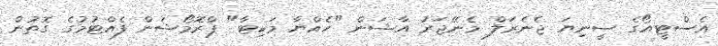
އެސްޓީއޯގެ ސީނިޔަ ޖެނެރަލް މެނޭޖަރު އާޝަން "ހެއްޔާ މަކިޓާ" ޕްރޮމޯޝަން ފެއްޓުމުގެ ގޮތުން